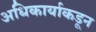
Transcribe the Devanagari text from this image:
अधिकार्याकडून